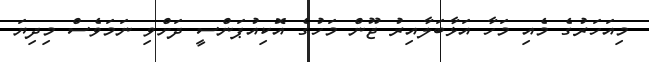
މިއަހަރުގެ މެއި މަހާ އަޅާބަލާއިރު ޖޫން މަހުގެ އޮކިއުޕަންސީ ދަށްވި ނަމަވެސް މިދިޔަ